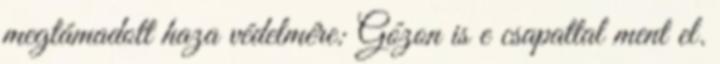
megtámadott haza védelmére: Gózon is e csapattal ment el.